Jaan_Tonisson_(Lasteleht), lk 380
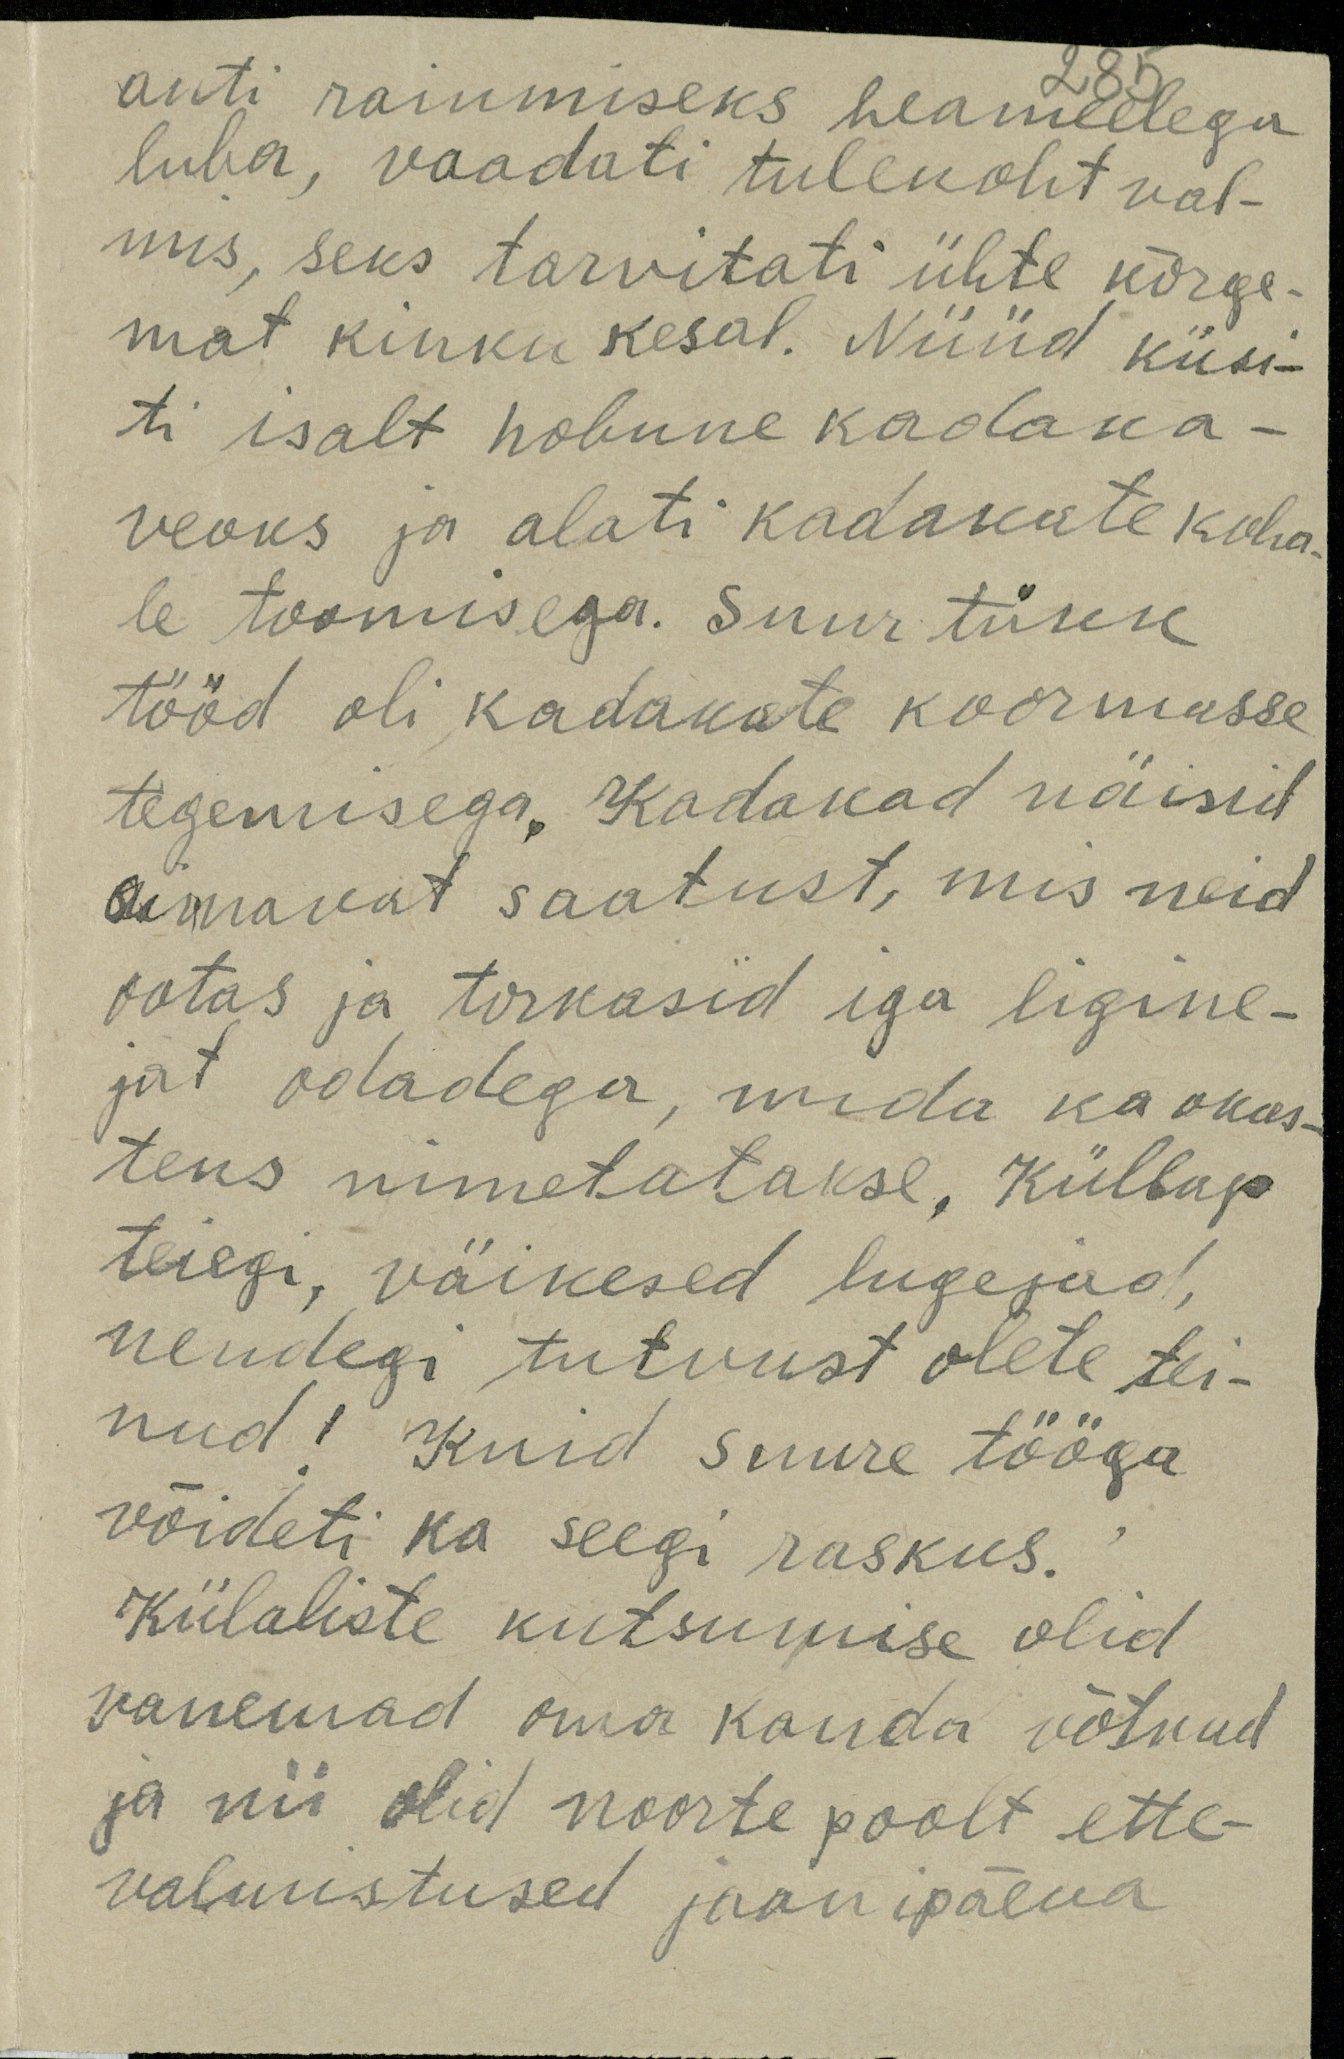
anti raiumiseks heameelega
285
luba, vaadati tulekoht val-
mis, seks tarvitati ühte kõrge-
mat kinku kesal. Nüüd küsi-
ti isalt hobune kadaka -
veoks ja alati kadakate koha-
le toomisega. Suur tükk
tööd oli kadakate koormasse
tegemisega. Kadakad näisid
aimavat saatust, mis neid
ootas ja torkasid iga ligine-
jat odadega, mida ka okas-
teks nimetatakse, Küllap
teiegi, väikesed lugejad
nendegi tutvust olete tei-
nud! Kuid suure tööga
võideti ka seegi raskus.
Külaliste kutsumise olid
vanemad oma kanda võtnud
ja nii olid noorte poolt ette-
valmustused jaanipäeva